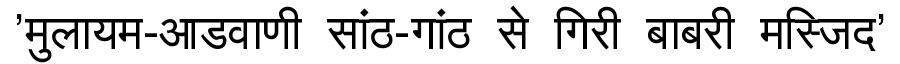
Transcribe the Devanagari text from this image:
'मुलायम-आडवाणी सांठ-गांठ से गिरी बाबरी मस्जिद'